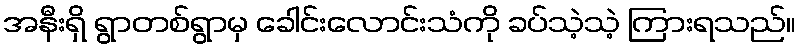
အနီးရှိ ရွာတစ်ရွာမှ ခေါင်းလောင်းသံကို ခပ်သဲ့သဲ့ ကြားရသည်။